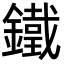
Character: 鐵